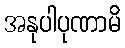
အနုပါပုဏာမိ